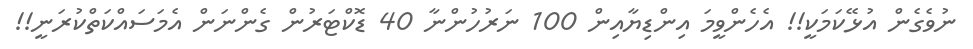
ނުވެގެން އުޅޭކަމަކީ!! އެހެންވީމަ އިންޑިޔާއިން 100 ނަރުހުންނާ 40 ޑޮކްޓަރުން ގެންނަން އެމަސައްކަތްކުރަނީ!!